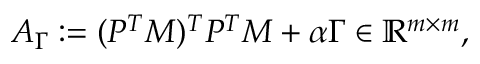
A _ { \Gamma } : = ( P ^ { T } M ) ^ { T } P ^ { T } M + \alpha \Gamma \in \mathbb { R } ^ { m \times m } ,